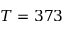
T = 3 7 3